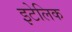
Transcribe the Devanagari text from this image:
इटेलिक